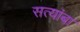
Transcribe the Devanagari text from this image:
सत्यांबा